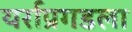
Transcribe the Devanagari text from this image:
यर्राप्रगडला